Scottish Leaving Certificate Examination, 1958
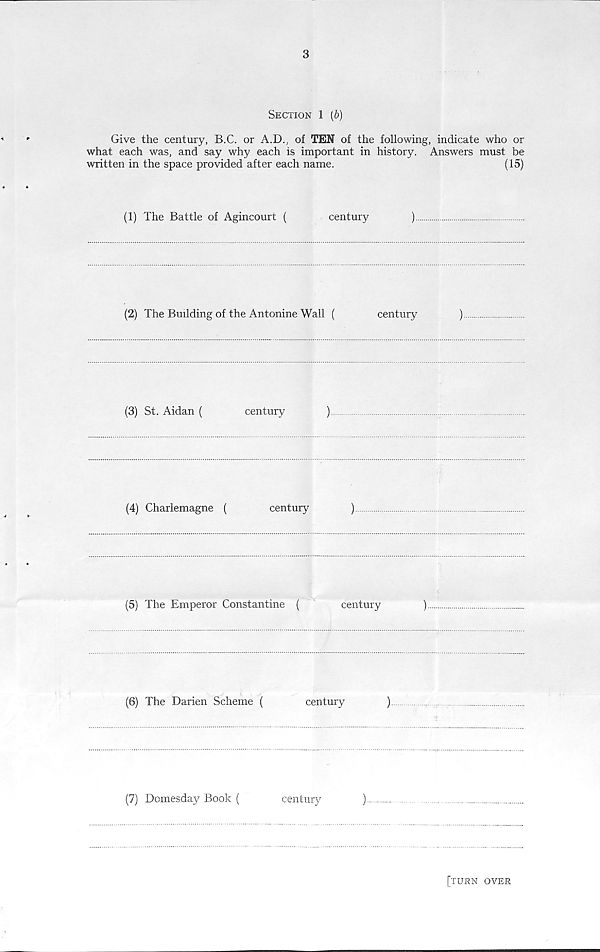
3
Section 1 [b)
Give the century, B.C. or A.D., of TEN of the following, indicate who or
what each was, and say why each is important in history. Answers must be
written in the space provided after each name.
(15)
(1) The Battle of Agincourt (
century
)
(2) The Building of the Antonine Wall (
century
)
(3) St. Aidan (
century
)
(4) Charlemagne (
century
)
(5) The Emperor Constantine (
century
)
(6) The Darien Scheme (
century
)
(7) Domesday Book (
century
)
[turn over